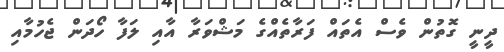
ދީނީ ގޮތުން ވެސް އެތައް ފަރާތެއްގެ މަޝްވަރާ އާއި ލަފާ ހޯދަން ޖެހުމާއި